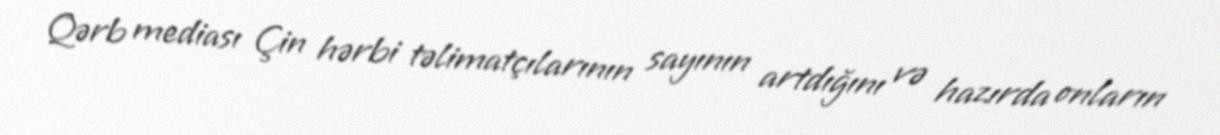
Qərb mediası Çin hərbi təlimatçılarının sayının artdığını və hazırda onların